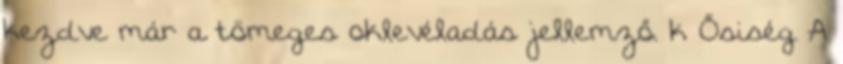
kezdve már a tömeges oklevéladás jellemző. k Ősiség A